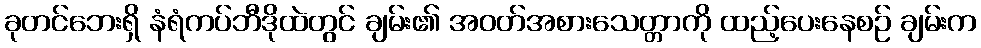
ခုတင်ဘေးရှိ နံရံကပ်ဘီဒိုထဲတွင် ချမ်း၏ အဝတ်အစားသေတ္တာကို ထည့်ပေးနေစဉ် ချမ်းက